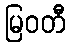
မြဝတီ